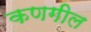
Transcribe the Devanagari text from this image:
कणगील